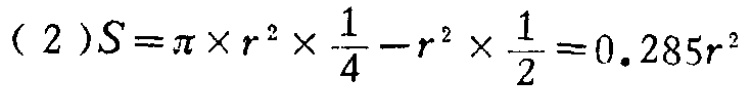
\((2)S = \pi\times r^{2}\times\frac{1}{4}-r^{2}\times\frac{1}{2}=0.285r^{2}\)